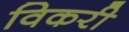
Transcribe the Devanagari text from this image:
विकरी